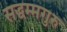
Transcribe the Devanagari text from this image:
सद्धम्मगुरु